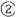
②